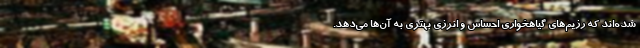
شده‌اند که رژیم‌های گیاهخواری احساس و انرژی بهتری به آن‌ها می‌دهد.